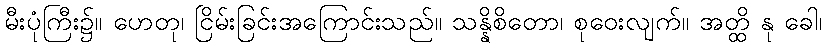
မီးပုံကြီး၌။ ဟေတု၊ ငြိမ်းခြင်းအကြောင်းသည်။ သန္နိစိတော၊ စုဝေးလျက်။ အတ္ထိ နု ခေါ၊